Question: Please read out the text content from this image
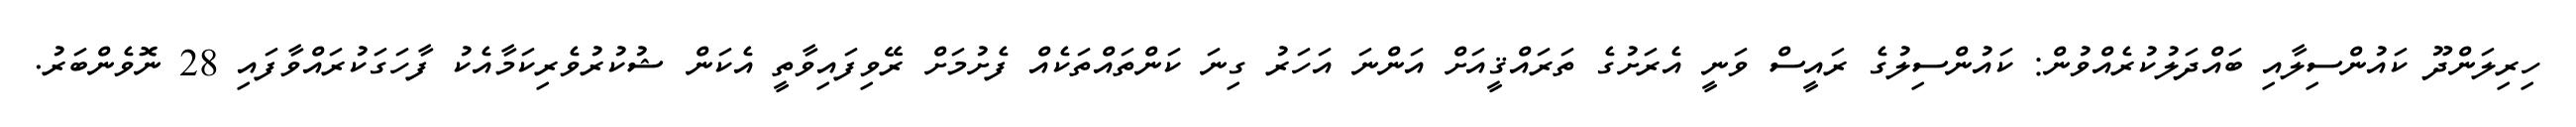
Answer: ހިރިލަންދޫ ކައުންސިލާއި ބައްދަލުކުރެއްވުން: ކައުންސިލުގެ ރައީސް ވަނީ އެރަށުގެ ތަރައްޤީއަށް އަންނަ އަހަރު ގިނަ ކަންތައްތަކެއް ފެށުމަށް ރޭވިފައިވާތީ އެކަން ޝުކުރުވެރިކަމާއެކު ފާހަގަކުރައްވާފައި 28 ނޮވެންބަރު.